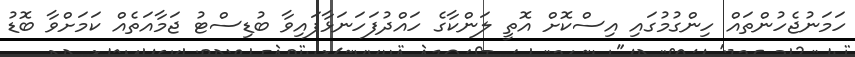
ހަމަނުޖެހުންތައް ހިންގުމުގައި އިސްކޮށް އޮތީ ލަންކާގެ ހައްދުފަހަނަޅާފައިވާ ބުޑިސްޓު ޖަމާއަތެއް ކަމަށްވާ ބޮޑު